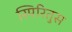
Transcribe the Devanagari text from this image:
स्पिरितुस